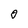
Character: 0